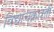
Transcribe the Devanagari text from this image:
विद्याचक्रवर्ती